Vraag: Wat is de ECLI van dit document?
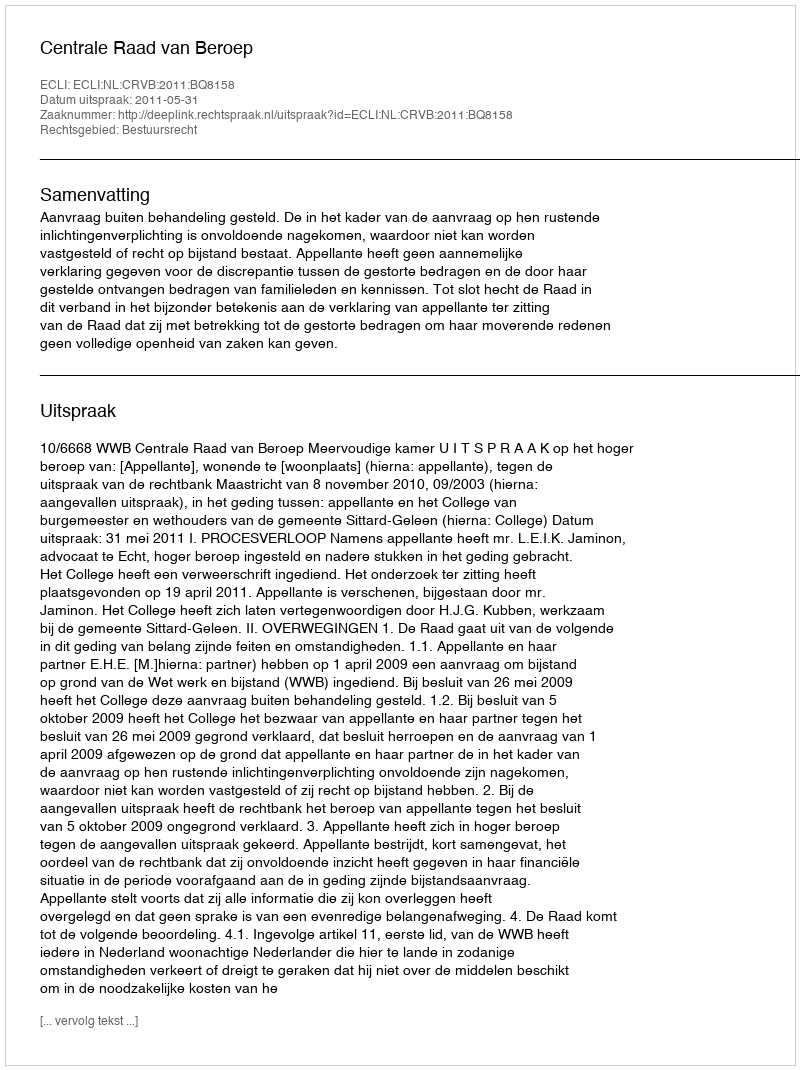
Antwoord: ECLI:NL:CRVB:2011:BQ8158